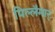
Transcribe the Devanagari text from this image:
पिल्लैमार्